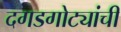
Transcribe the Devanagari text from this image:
दगडगोट्यांची